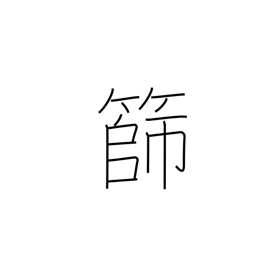
Meaning: sieve